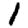
Digit: 1